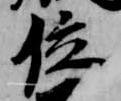
位